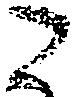
こ